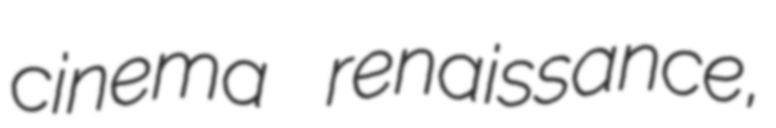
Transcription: cinema renaissance,